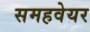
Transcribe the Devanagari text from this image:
समहवेयर